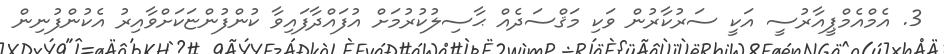
3. އެމްއެމްޕީއާރުސީ އަކީ ސަރުކާރުން ވަކި މަޤްސަދެއް ޙާސިލުކުރުމަށް އުފައްދާފައިވާ ކުންފުންޏަކަށްވާއިރު އެކުންފުނިން